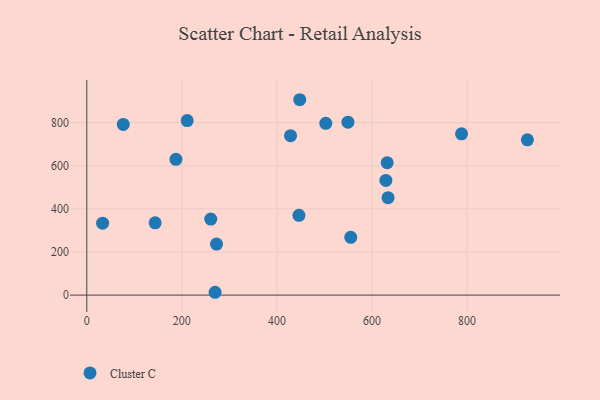
{"axis": {"x": "Engine Size", "y": "Yield"}, "legend": ["Cluster C"], "data": [{"x": "502.7", "y": 796.3, "type": "Cluster C"}, {"x": "446.2", "y": 370.0, "type": "Cluster C"}, {"x": "788.3", "y": 747.7, "type": "Cluster C"}, {"x": "447.9", "y": 905.9, "type": "Cluster C"}, {"x": "633.7", "y": 451.9, "type": "Cluster C"}, {"x": "187.5", "y": 629.5, "type": "Cluster C"}, {"x": "629.1", "y": 531.8, "type": "Cluster C"}, {"x": "272.9", "y": 236.7, "type": "Cluster C"}, {"x": "260.8", "y": 352.6, "type": "Cluster C"}, {"x": "631.9", "y": 613.8, "type": "Cluster C"}, {"x": "269.9", "y": 13.1, "type": "Cluster C"}, {"x": "33.3", "y": 333.3, "type": "Cluster C"}, {"x": "926.8", "y": 719.9, "type": "Cluster C"}, {"x": "76.7", "y": 791.2, "type": "Cluster C"}, {"x": "211.2", "y": 809.3, "type": "Cluster C"}, {"x": "143.8", "y": 335.0, "type": "Cluster C"}, {"x": "428.6", "y": 739.1, "type": "Cluster C"}, {"x": "555.3", "y": 268.1, "type": "Cluster C"}, {"x": "549.3", "y": 801.8, "type": "Cluster C"}]}